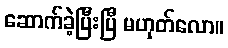
ဆောက်ခဲ့ပြီးပြီ မဟုတ်လော။